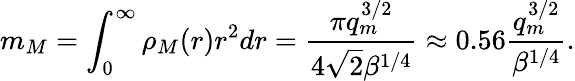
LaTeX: m_{M}=\int_{0}^{\infty}\rho_{M}(r)r^{2}dr=\frac{\pi q_{m}^{3/2}}{4\sqrt{2}\beta^{1/4}}\approx 0.56\frac{q_{m}^{3/2}}{\beta^{1/4}}.